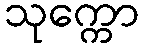
သုက္ကော